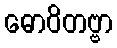
ဓောဝိတဗ္ဗာ